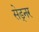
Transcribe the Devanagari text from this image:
सेड्नर